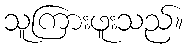
သူကြားဖူးသည်။